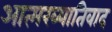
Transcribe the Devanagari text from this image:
आत्मख्यातिवाद